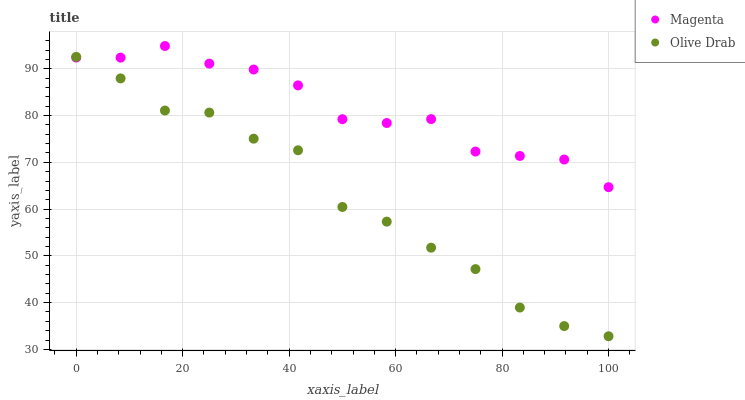
| xaxis_label | Magenta | Olive Drab |
 | --- | --- | --- |
 | 0 | 92.4 | 92.6 |
 | 8.33 | 92.4 | 87.9 |
 | 16.7 | 94.9 | 81.1 |
 | 25 | 91.1 | 80.6 |
 | 33.3 | 89.8 | 75.1 |
 | 41.7 | 86.5 | 72.6 |
 | 50 | 79.2 | 60.5 |
 | 58.3 | 78.4 | 57.3 |
 | 66.7 | 79.2 | 51.7 |
 | 75 | 72.3 | 47.2 |
 | 83.3 | 71.4 | 38.9 |
 | 91.7 | 70.6 | 35 |
 | 100 | 64.7 | 32.8 |